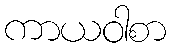
ကာယဝါစာ